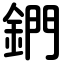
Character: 鍆